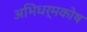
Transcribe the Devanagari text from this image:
अभिधर्मकोष